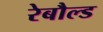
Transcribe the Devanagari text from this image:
रेबौल्ड